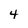
Character: 4